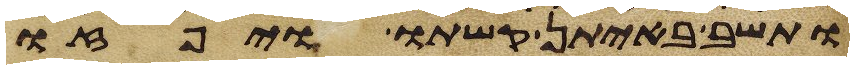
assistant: ותשב באיתן קשתו ויפזו